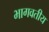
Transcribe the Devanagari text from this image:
भागवतीय